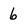
Character: 6